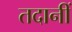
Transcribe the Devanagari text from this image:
तदानीं